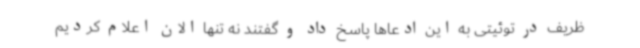
ظریف در توئیتی به این ادعاها پاسخ داد و گفتند نه تنها الان اعلام کردیم